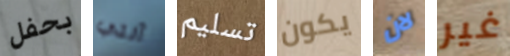
بحفل آلتي تسليم يكون لان غير